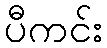
ပီကင်း